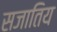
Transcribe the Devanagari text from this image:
सजातिय